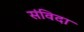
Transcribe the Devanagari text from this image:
संविदा